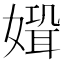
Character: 𡠸